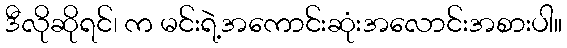
ဒီလိုဆိုရင်၊ က မင်းရဲ့အကောင်းဆုံးအလောင်းအစားပါ။